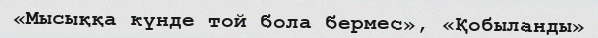
«Мысыққа күнде той бола бермес», «Қобыланды»